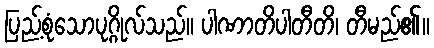
ပြည့်စုံသောပုဂ္ဂိုလ်သည်။ ပါဏာတိပါတီတိ၊ တီမည်၏။